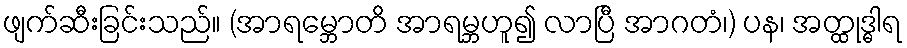
ဖျက်ဆီးခြင်းသည်။ (အာရမ္ဘောတိ အာရမ္ဘဟူ၍ လာပြီ အာဂတံ၊) ပန၊ အတ္ထုဒ္ဓါရ